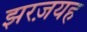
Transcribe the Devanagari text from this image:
झरज़यह